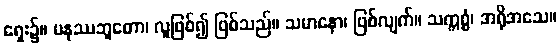
ရှေး၌။ မနုဿဘူတော၊ လူဖြစ်၍ ဖြစ်သည်။ သမာနော၊ ဖြစ်လျက်။ သက္ကစ္စံ၊ အရိုအသေ။